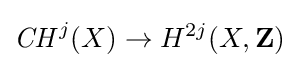
{\mathit {CH}}^{j}(X)\rightarrow H^{2j}(X,\mathbf {Z} )